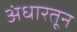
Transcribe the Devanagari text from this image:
अंधारतून